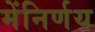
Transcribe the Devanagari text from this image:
मेंनिर्णय